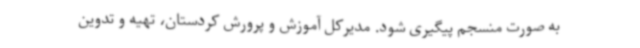
به صورت منسجم پیگیری شود. مدیرکل آموزش و پرورش کردستان، تهیه و تدوین